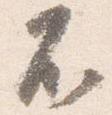
不